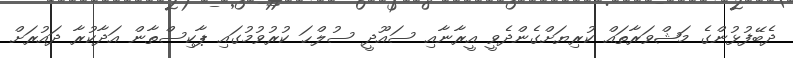
ދެބޭފުޅުންގެ މަޝްވަރާތައް ކުރިޔަށްގެންދެވީ އީރާނާއި ސައޫދީ ސުލްޙަ ކުރުވުމުގައި ޕާކިސްތާން އަދާކުރާ ދައުރަށް